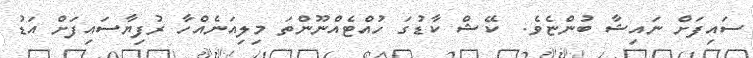
ސައިފަށް ނައިޝާ ބުންޏެވެ.  ކޭޝް ކާޑުގަ ހުއްޓެއްނޫންތަ މިލިއަނެއްހާ ރުފިޔާސައިފަށް އަޑު